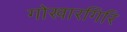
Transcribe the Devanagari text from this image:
गोखारगिरि